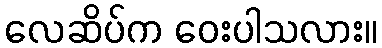
လေဆိပ်က ဝေးပါသလား။